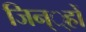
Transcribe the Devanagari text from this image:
जिन््हों